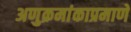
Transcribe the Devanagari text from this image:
अणुक्रमांकाप्रमाणे